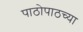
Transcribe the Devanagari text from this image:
पाठोपाठच्या